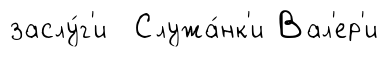
заслу́г'и Служа́нк'и Вал'ер'и